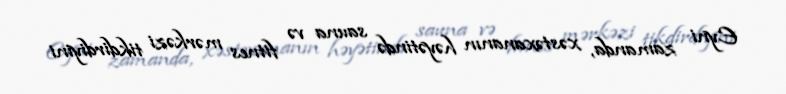
Eyni zamanda, xəstəxananın həyətində sauna və fitnes mərkəzi tikdirdiyini